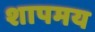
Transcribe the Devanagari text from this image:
शापमय